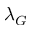
\lambda _ { G }